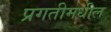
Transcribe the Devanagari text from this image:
प्रगतीमधील